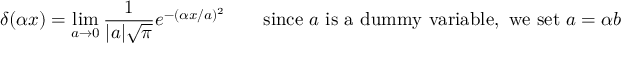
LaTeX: \delta ( \alpha x ) = \operatorname* { l i m } _ { a \to 0 } { \frac { 1 } { | a | { \sqrt { \pi } } } } e ^ { - ( \alpha x / a ) ^ { 2 } } \qquad { \mathrm { s i n c e ~ } } a { \mathrm { ~ i s ~ a ~ d u m m y ~ v a r i a b l e , ~ w e ~ s e t ~ } } a = \alpha b